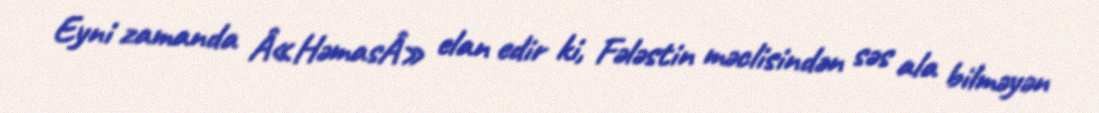
Eyni zamanda Â«HəmasÂ» elan edir ki, Fələstin məclisindən səs ala bilməyən